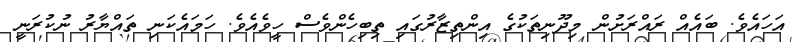
އަހައެވެ. ބައެއް ރައްރަށުން މިދޫނިތަކުގެ އިންތިޒާރުގައި ތިބިހެންވެސް ހީވެއެވެ. ހަމައެކަނި ތައްޔާރު ނުކުރަނީ